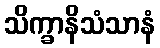
သိက္ခာနိသံသာနံ